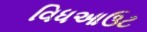
વિધઆઉટ